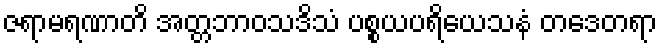
ဇရာမရဏာတိ အတ္တဘာဝသဒိသံ ပစ္စယပရိယေသနံ တဒေတရာ